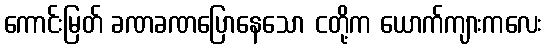
ကောင်းမြတ် ခဏခဏပြောနေသော ငတို့က ယောက်ကျားကလေး